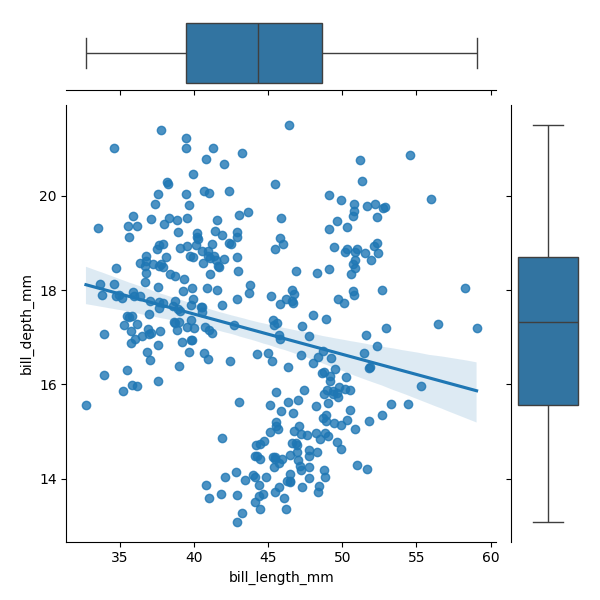
python, seaborn, JointGrid, regplot, boxplot